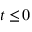
t \le \! 0